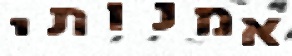
אמנותי